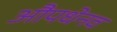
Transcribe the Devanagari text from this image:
औपधेनव